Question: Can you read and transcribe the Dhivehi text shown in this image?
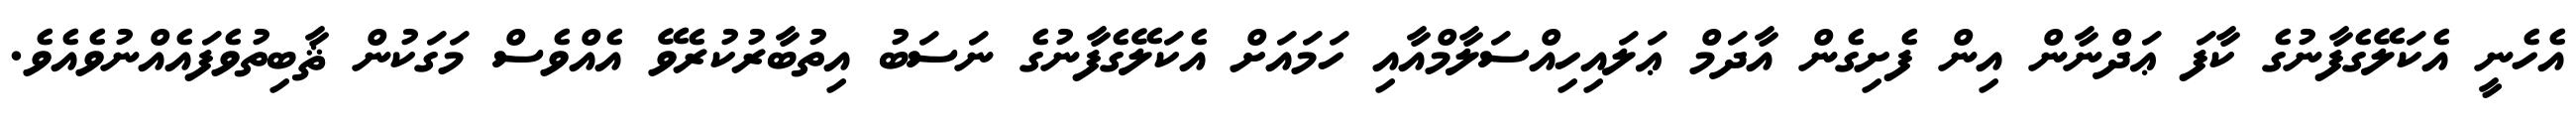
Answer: އެހެނީ އެކަލޭގެފާނުގެ ކާފަ ޢަދްނާން އިން ފެށިގެން އާދަމް ޢަލައިހިއްސަލާމްއާއި ހަމައަށް އެކަލޭގެފާނުގެ ނަސަބު އިތުބާރުކުރެވޭ އެއްވެސް މަގަކުން ޘާބިތުވެފައެއްނުވެއެވެ.